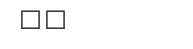
٥٧